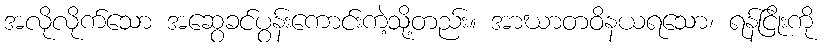
အလိုလိုက်သော အဆွေခင်ပွန်းကောင်းကဲ့သို့တည်း။ အာဃာတဝိနယရသော၊ ရန်ငြိုးကို